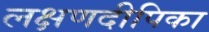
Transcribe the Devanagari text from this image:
लक्षणदीपिका